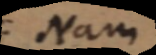
Nam